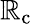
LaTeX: \mathbb{R}_{\mathrm{{c}}}